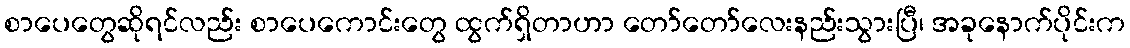
စာပေတွေဆိုရင်လည်း စာပေကောင်းတွေ ထွက်ရှိတာဟာ တော်တော်လေးနည်းသွားပြီ၊ အခုနောက်ပိုင်းက